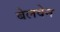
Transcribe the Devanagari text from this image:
बेलवेन